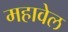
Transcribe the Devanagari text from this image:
महावेल